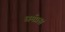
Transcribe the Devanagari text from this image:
धर्मप्रश्न